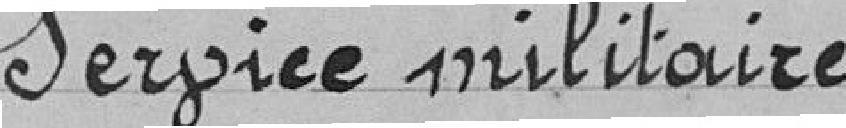
Service militaire